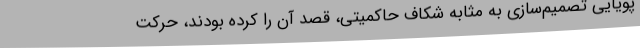
پویایی تصمیم‌سازی به مثابه شکاف حاکمیتی، قصد آن را کرده بودند، حرکت